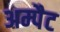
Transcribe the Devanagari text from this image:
अम्पैट